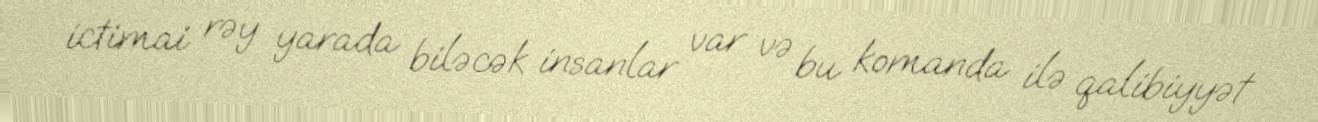
ictimai rəy yarada biləcək insanlar var və bu komanda ilə qalibiyyət